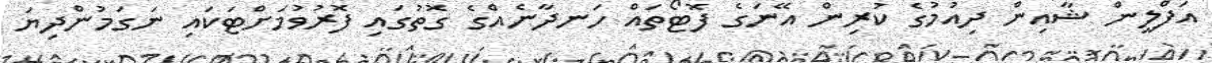
އަފްލީން ޝާއިން ދިއުމުގެ ކުރިން އޭނަގެ ފޮޓޯތައް ހަނދާނެއްގެ ގޮތުގައި ފޮރުވުމަށްޓަކައި ނަގަމުންދިޔަ